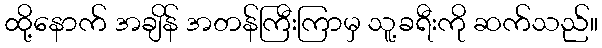
ထို့နောက် အချိန် အတန်ကြီးကြာမှ သူ့ခရီးကို ဆက်သည်။